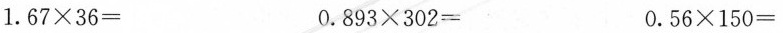
$$1.67 × 36 =$$ $$0.893 × 302 =$$ $$0.56 × 150 =$$